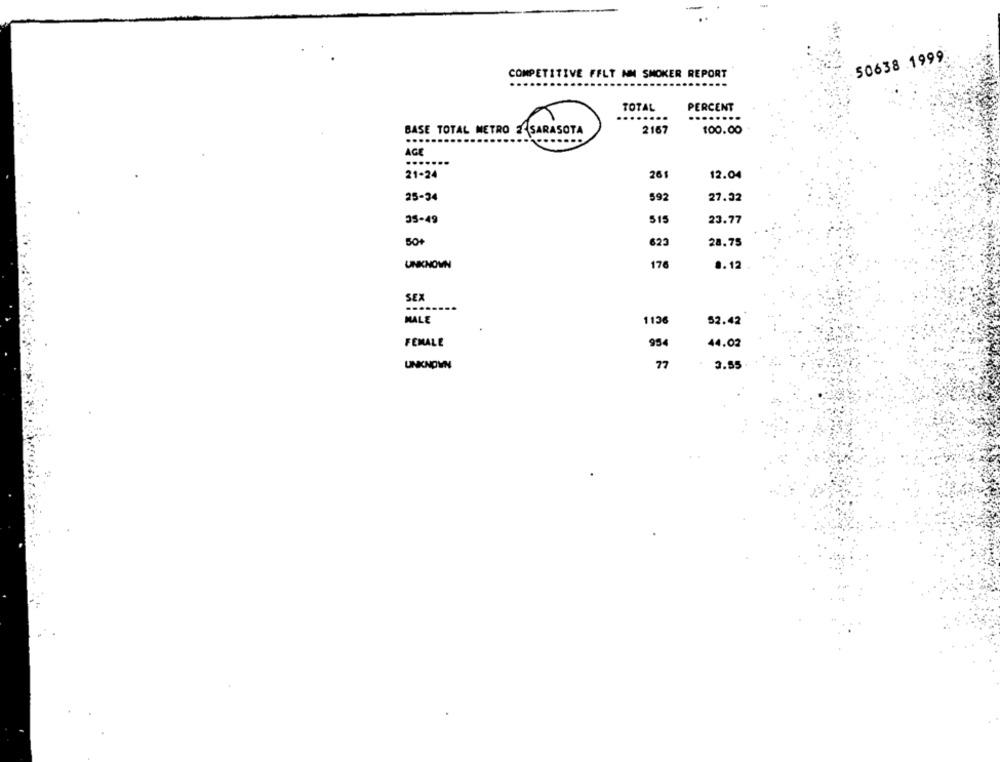
50638 .1999
COMPETITIVE FELT NM SMOKER REPORT
TOTAL
PERCENT
.......
BASE TOTAL METRO 2 SARASOTA
2167
100.00
...
AGE
.......
21-24
26
12.04
25-34
592
27.32
35-49
515
23.77
50+
623
28.75
UNKNOWN
176
8.12
SEX
MALE
1136
52.42
FEMALE
954
44.02
UNKNOWN
77
3.55